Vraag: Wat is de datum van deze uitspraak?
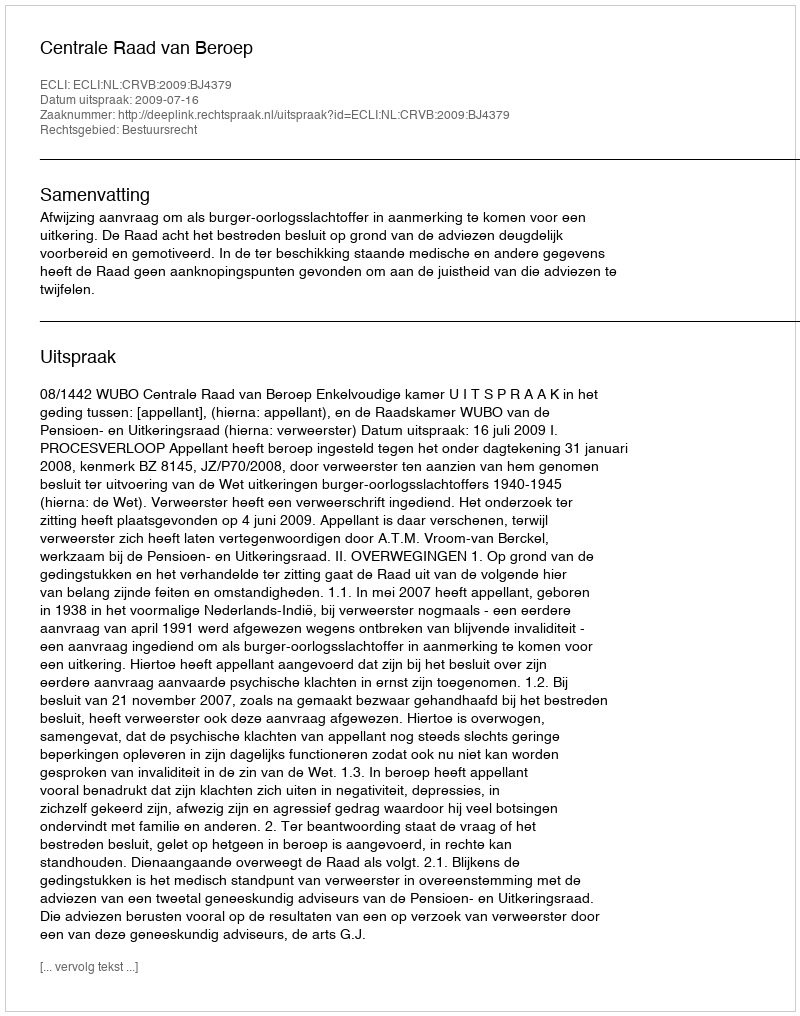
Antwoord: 2009-07-16